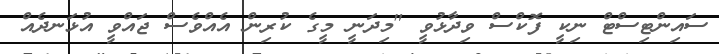
ސައިންޓިސްޓް ނިކީ ފޮކްސް ވިދާޅުވީ "މިދަނީ މީގެ ކުރިން އެއްވެސް ޖައްވީ އުޅަނދެއް